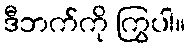
ဒီဘက်ကို ကြွပါ။